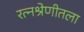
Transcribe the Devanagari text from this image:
रत्नश्रेणीतला